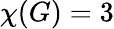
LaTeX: \chi(G)=3